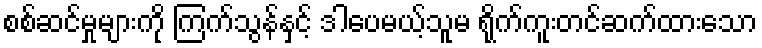
စစ်ဆင်မှုများကို ကြက်သွန်နှင့် ဒါပေမယ့်သူမ ရိုက်ကူးတင်ဆက်ထားသော